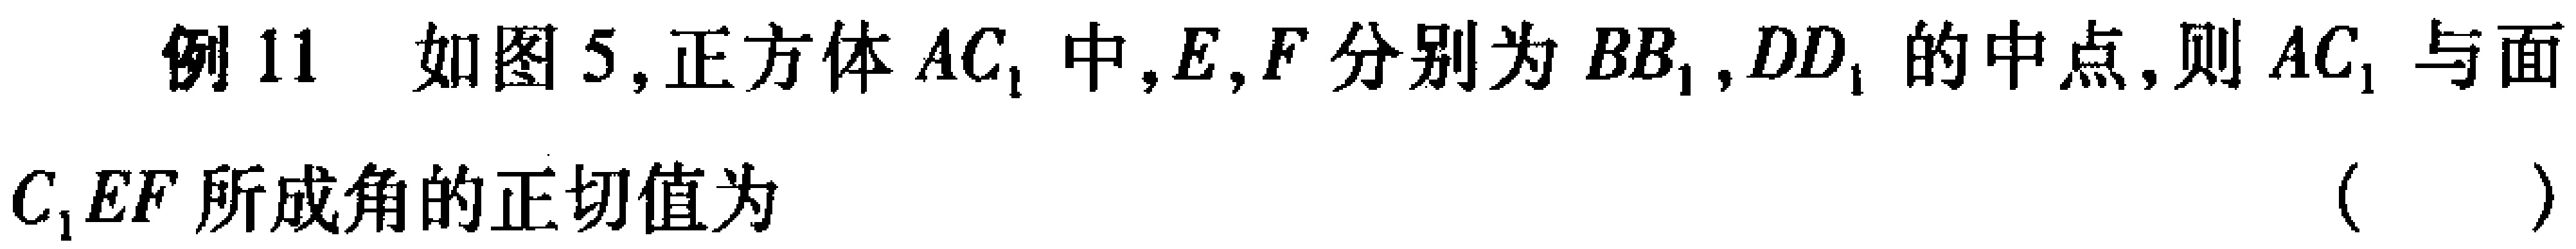
例 11 如图 5,正方体 \(AC_{1}\) 中,\(E,F\) 分别为 \(BB_{1},DD_{1}\) 的中点,则 \(AC_{1}\) 与面 \(C_{1}EF\) 所成角的正切值为 （  ）